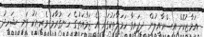
އަމާޒުކޮށް އިސްރާއީލުން ދީފައިވާ ހަމަލާތަކުގައި އެ ޖަމާއަތުގެ ހަނގުރާމަ ވެރިޔަކު ވަނީ ޝަހީދު